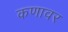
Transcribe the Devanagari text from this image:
कणावर